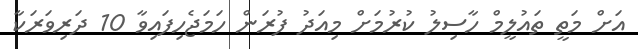
އަށް މަތީ ތައުލީމް ހާސިލު ކުރުމަށް މިއަދު ފުރަން ހަމަޖެހިފައިވާ 10 ދަރިވަރަކާ